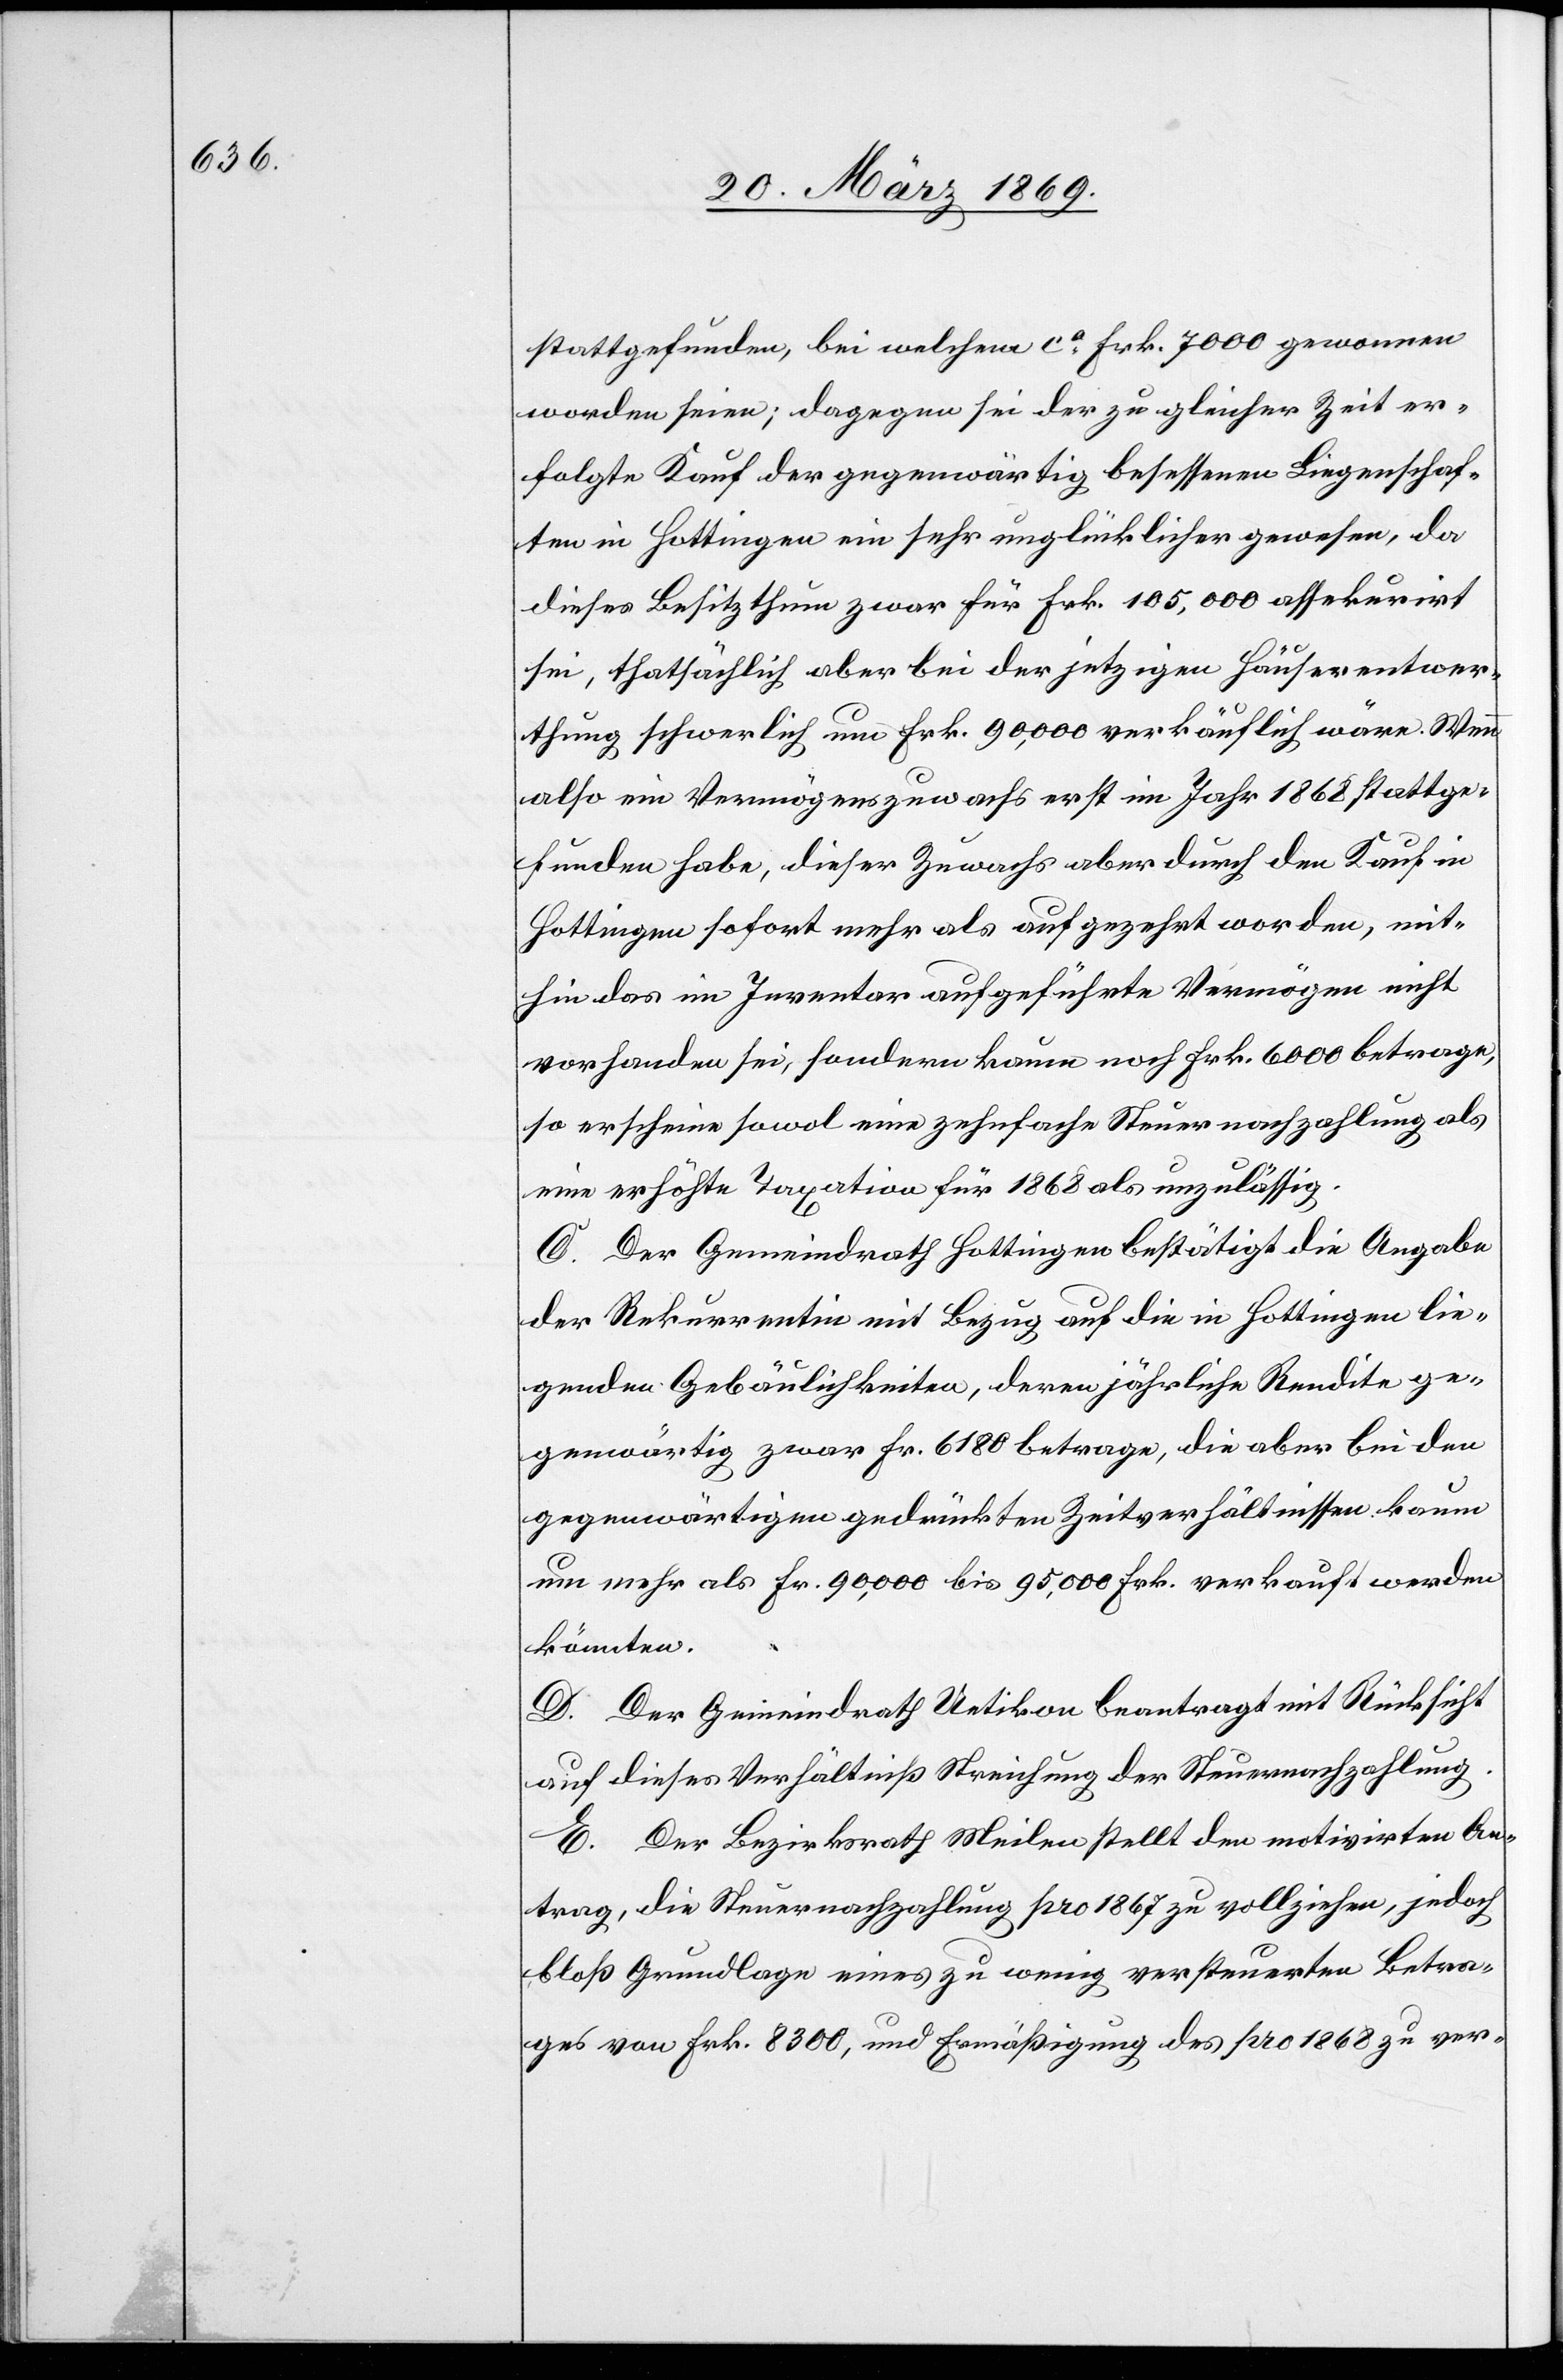
stattgefunden, bei welchem ca Frk. 7000 gewonnen
worden seien; dagegen sei der zu gleicher Zeit er¬
folgte Kauf der gegenwärtig besessenen Liegenschaf¬
ten in Hottingen ein sehr unglücklicher gewesen, da
dieses Besitzthum zwar für Frk. 105,000 assekurirt
sei, thatsächlich aber bei der jetzigen Häuserentwer¬
thung schwerlich um Frk. 90,000 verkäuflich wäre. Wenn
also ein Vermögenszuwachs erst im Jahr 1868 stattge¬
funden habe, dieser Zuwachs aber durch den Kauf in
Hottingen sofort mehr als aufgezehrt worden, mit¬
hin das im Inventar aufgeführte Vermögen nicht
vorhanden sei, sondern kaum noch Frk. 6000 betrage,
so erscheine sowol eine zehnfache Steuernachzahlung als
eine erhöhte Taxation für 1868 als unzulässig.
C. Der Gemeindrath Hottingen bestätigt die Angabe
der Rekurrentin mit Bezug auf die in Hottingen lie¬
genden Gebäulichkeiten, deren jährliche Rendite ge¬
genwärtig zwar Fr. 6180 betrage, die aber bei den
gegenwärtigen gedrückten Zeitverhältnissen kaum
um mehr als Fr. 90,000 bis 95,000 Frk. verkauft werden
könnten.
D. Der Gemeindrath Uetikon beantragt mit Rücksicht
auf dieses Verhältniß Streichung der Steuernachzahlung.
E. Der Bezirksrath Meilen stellt den motivirten An¬
trag, die Steuernachzahlung pro 1867 zu vollziehen, jedoch
[auf] Grundlage eines zu wenig versteuerten Betra¬
ges von Frk. 8300, und Ermäßigung des pro 1868 zu ver-